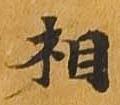
相